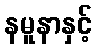
နမူနာနှင့်